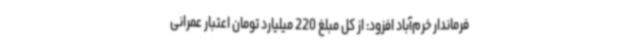
فرماندار خرم‌آباد افزود: از کل مبلغ 220 میلیارد تومان اعتبار عمرانی